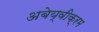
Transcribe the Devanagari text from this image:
अबेय्वीक्रम